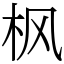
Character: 枫